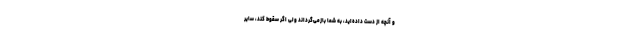
و آنچه از دست داده‌اید، به شما بازمی‌گرداند ولی اگر سقوط کند، سایر